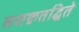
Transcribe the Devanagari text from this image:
लशक्वतद्धिते